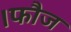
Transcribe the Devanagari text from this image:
।फौज